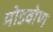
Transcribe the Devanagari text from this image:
मोडवोण